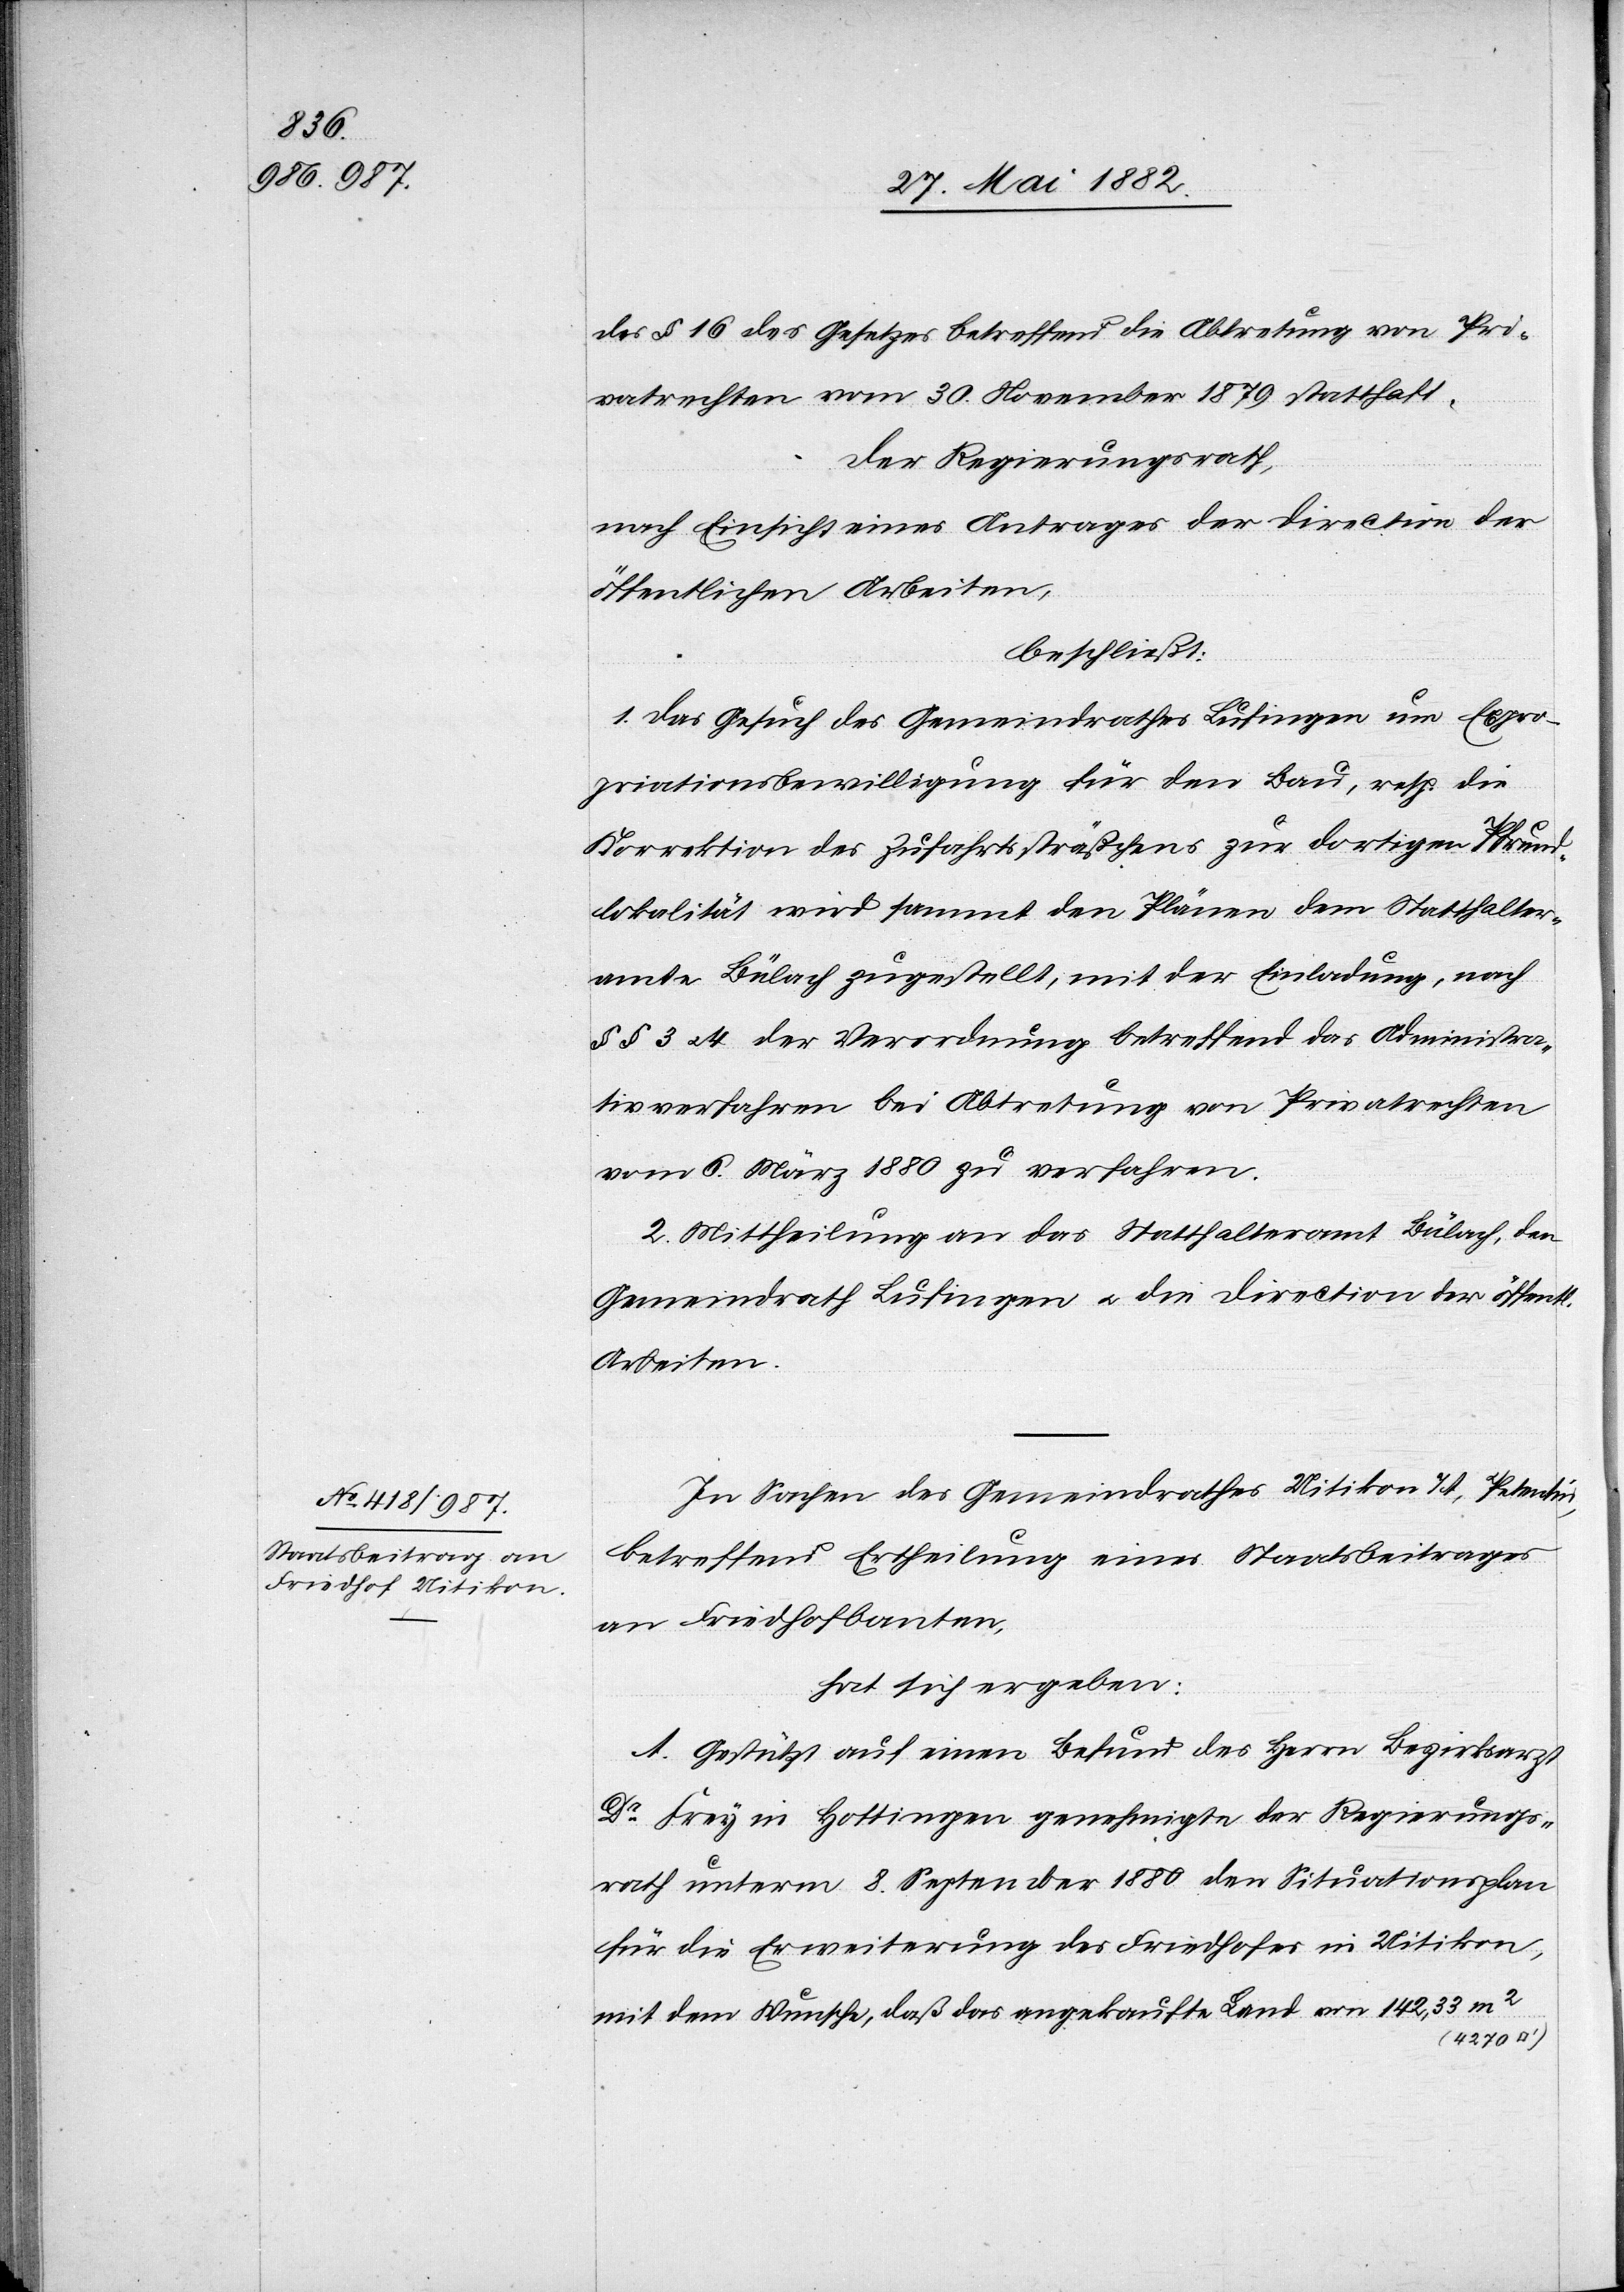
des § 16 des Gesetzes betreffend die Abtretung von Pri¬
vatrechten vom 30. November 1879 statthaft.
Der Regierungsrath,
nach Einsicht eines Antrages der Direction der
öffentlichen Arbeiten,
beschließt:
1. Das Gesuch des Gemeindrathes Lufingen um Expro¬
priationsbewilligung für den Bau, resp. die
Korrektion des Zufahrtssträßchens zur dortigen Pfrund¬
lokalität wird sammt den Plänen dem Statthalter¬
amte Bülach zugestellt, mit der Einladung, nach
§§ 3 u. 4 der Verordnung betreffend das Administra¬
tivverfahren bei Abtretung von Privatrechten
vom 6. März 1880 zu verfahren.
2. Mittheilung an das Statthalteramt Bülach, den
Gemeindrath Lufingen u. die Direction der öffentl.
Arbeiten.
In Sachen des Gemeindrathes Uitikon a/A., Petentin,
betreffend Ertheilung eines Staatsbeitrages
an Friedhofsbauten,
hat sich ergeben:
A. Gestützt auf einen Befund des Herrn Bezirksarzt
Dr Frey in Hottingen genehmigte der Regierungs¬
rath unterm 8. September 1880 den Situationsplan
für die Erweiterung des Friedhofes in Uitikon
mit dem Wunsche, daß das angekaufte Land von 142,33 m2
(4270